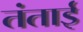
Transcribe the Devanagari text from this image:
तंताई